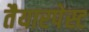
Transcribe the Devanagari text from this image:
तैयारपेस्ट